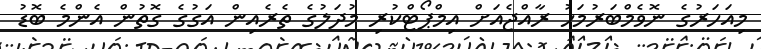
މިއަހަރުގެ ނޮވެމްބަރުމަހު ރާއްޖެއަށް އިމްޕޯޓްކުރި މުދަލުގެ ތެރެއިން އަގުގެ ގޮތުން އެންމެ ބޮޑު